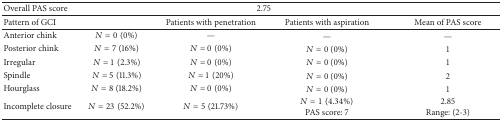
| Overall PAS score | <COLSPAN=3> 2.75 |  |
 | --- | --- | --- | --- | --- |
 | Pattern of GCI |  | Patients with penetration | Patients with aspiration | Mean of PAS score |
 | Anterior chink | N = 0 (0%) | — | — | — |
 | Posterior chink | N = 7 (16%) | N = 0 (0%) | N = 0 (0%) | 1 |
 | Irregular | N = 1 (2.3%) | N = 0 (0%) | N = 0 (0%) | 1 |
 | Spindle | N = 5 (11.3%) | N = 1 (20%) | N = 0 (0%) | 2 |
 | Hourglass | N = 8 (18.2%) | N = 0 (0%) | N = 0 (0%) | 1 |
 | Incomplete closure | N = 23 (52.2%) | N = 5 (21.73%) | N = 1 (4.34%) PAS score: 7 | 2.85 Range: (2-3) |